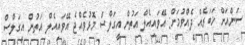
ސަންއަށް ޚަބަރެއް ދެއްވުމަށް: އޭވައިއެލް އަތުން އީގަލްސް މޮޅުވެއްޖެ އޭވައިއެލް އަތުން އީގަލްސް